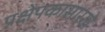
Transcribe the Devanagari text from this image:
प्रक्षेपकासारखे